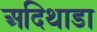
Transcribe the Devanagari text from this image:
अदिथाडा